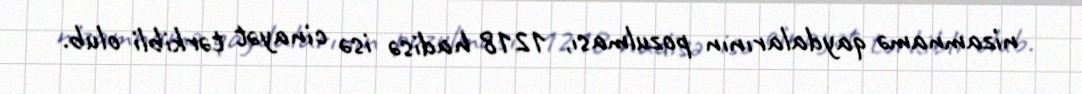
nizamnamə qaydalarının pozulması, 1218 hadisə isə cinayət tərkibli olub.